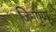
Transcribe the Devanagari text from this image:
जिनगुण